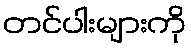
တင်ပါးများကို